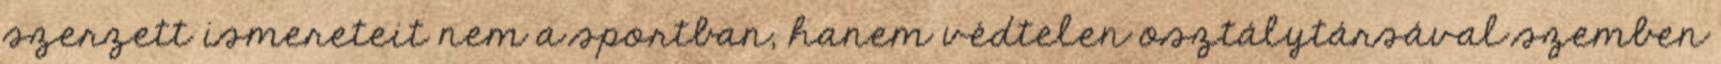
szerzett ismereteit nem a sportban, hanem védtelen osztálytársával szemben